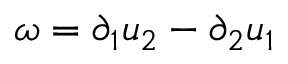
\omega = \partial _ { 1 } u _ { 2 } - \partial _ { 2 } u _ { 1 }